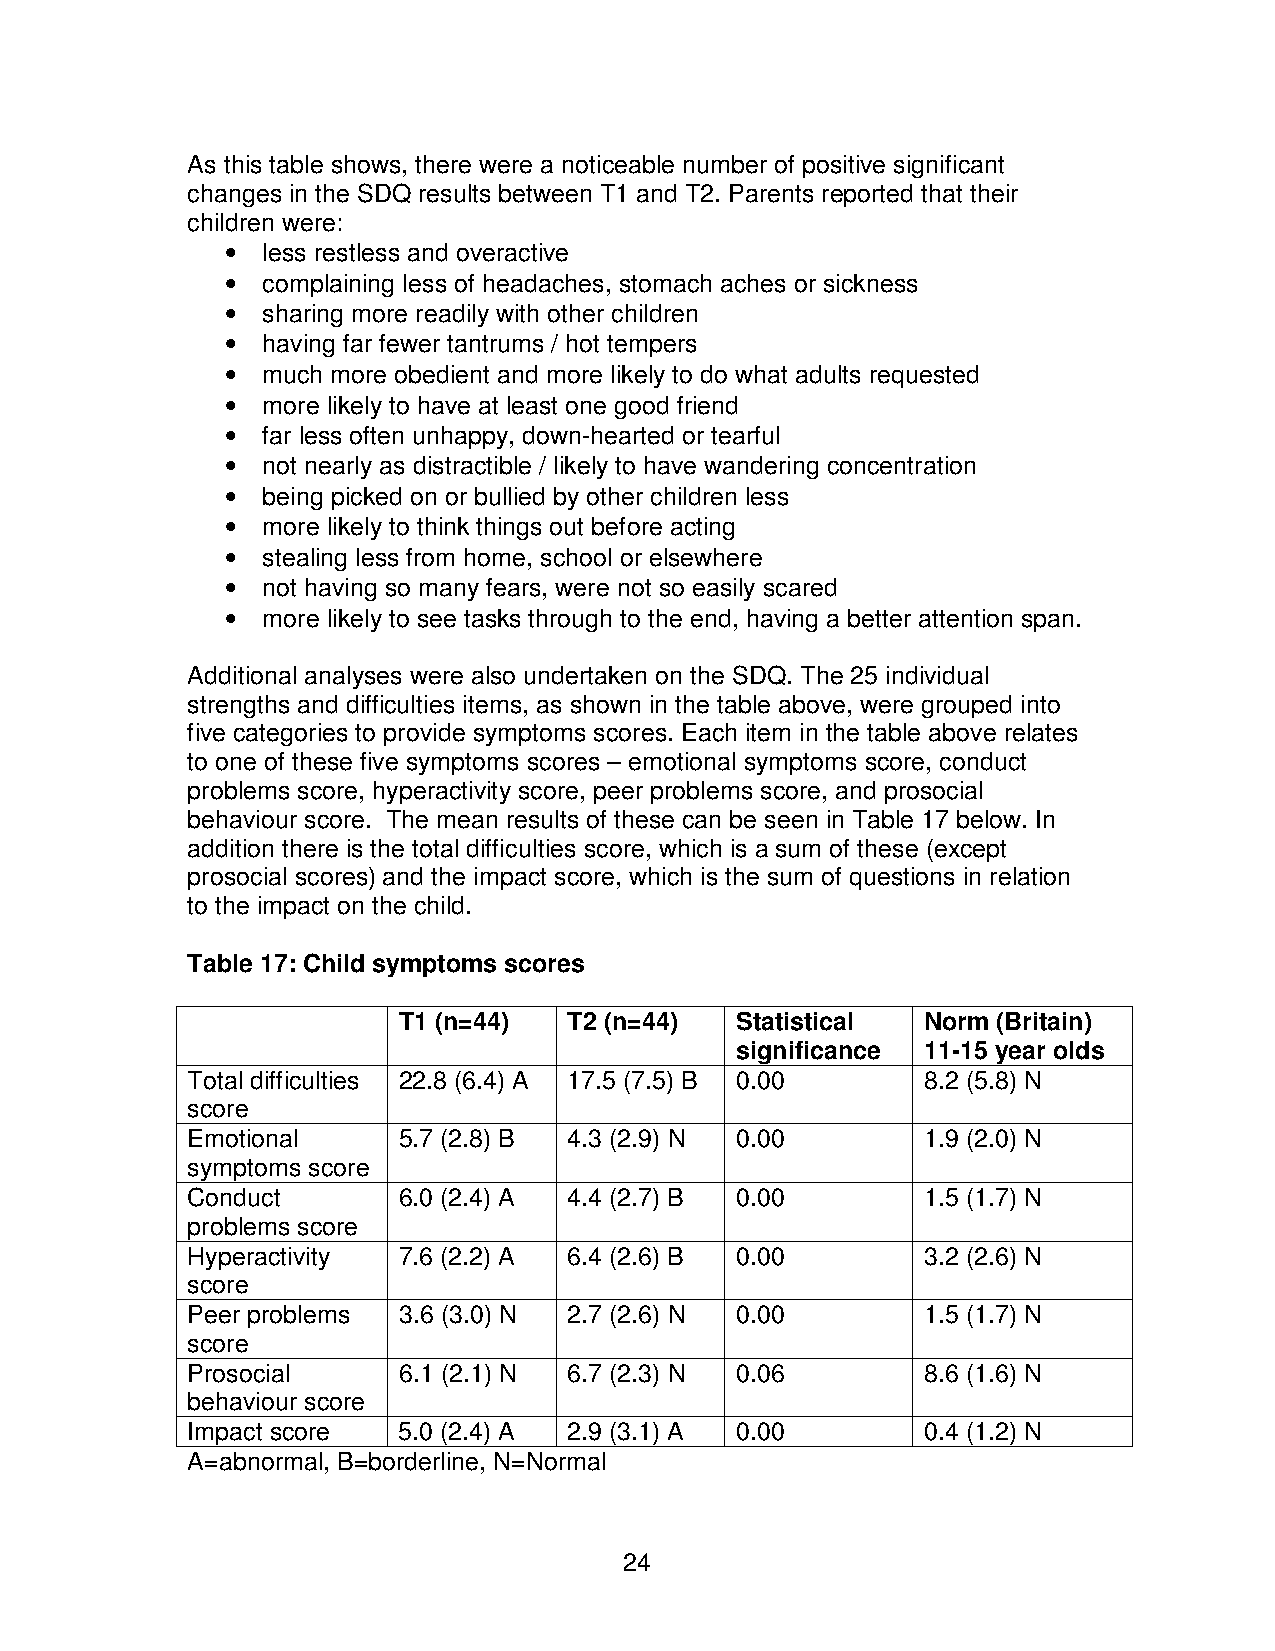
As this table shows, there were a noticeable number of positive significant
 changes in the SDQ results between T1 and T2. Parents reported that their
 children were:
 • less restless and overactive
 • complaining less of headaches, stomach aches or sickness
 • sharing more readily with other children
 • having far fewer tantrums / hot tempers
 • much more obedient and more likely to do what adults requested
 • more likely to have at least one good friend
 • far less often unhappy, down-hearted or tearful
 • not nearly as distractible / likely to have wandering concentration
 • being picked on or bullied by other children less
 • more likely to think things out before acting
 • stealing less from home, school or elsewhere
 • not having so many fears, were not so easily scared
 • more likely to see tasks through to the end, having a better attention span.
 Additional analyses were also undertaken on the SDQ. The 25 individual
 strengths and difficulties items, as shown in the table above, were grouped into
 five categories to provide symptoms scores. Each item in the table above relates
 to one of these five symptoms scores – emotional symptoms score, conduct
 problems score, hyperactivity score, peer problems score, and prosocial
 behaviour score. The mean results of these can be seen in Table 17 below. In
 addition there is the total difficulties score, which is a sum of these (except
 prosocial scores) and the impact score, which is the sum of questions in relation
 to the impact on the child.
 Table 17: Child symptoms scores
 T1 (n=44)   T2 (n=44)  Statistical Norm (Britain)
 significance 11-15 year olds
 Total difficulties 22.8 (6.4) A 17.5 (7.5) B 0.00 8.2 (5.8) N
 score
 Emotional     5.7 (2.8) B 4.3 (2.9) N 0.00       1.9 (2.0) N
 symptoms score
 Conduct       6.0 (2.4) A 4.4 (2.7) B 0.00       1.5 (1.7) N
 problems score
 Hyperactivity 7.6 (2.2) A 6.4 (2.6) B 0.00       3.2 (2.6) N
 score
 Peer problems 3.6 (3.0) N 2.7 (2.6) N 0.00       1.5 (1.7) N
 score
 Prosocial     6.1 (2.1) N 6.7 (2.3) N 0.06       8.6 (1.6) N
 behaviour score
 Impact score  5.0 (2.4) A 2.9 (3.1) A 0.00       0.4 (1.2) N
 A=abnormal, B=borderline, N=Normal
 24